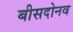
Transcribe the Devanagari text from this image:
बीसदोनव